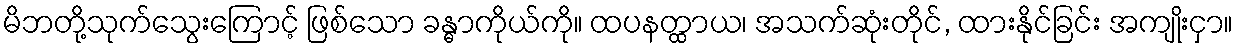
မိဘတို့သုက်သွေးကြောင့် ဖြစ်သော ခန္ဓာကိုယ်ကို။ ထပနတ္ထာယ၊ အသက်ဆုံးတိုင်, ထားနိုင်ခြင်း အကျိုးငှာ။